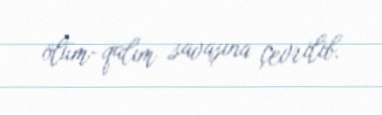
ölüm-qalım savaşına çevrilib.